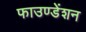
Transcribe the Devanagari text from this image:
फाउण्डेंशन